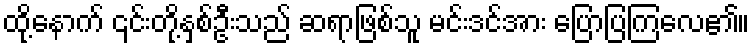
ထို့နောက် ၎င်းတို့နှစ်ဦးသည် ဆရာဖြစ်သူ မင်းဒင်အား ပြောပြကြလေ၏။